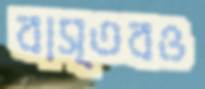
বাস্তবও